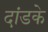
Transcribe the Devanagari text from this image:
दांडके